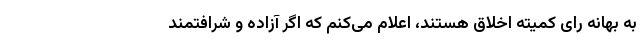
به بهانه رای کمیته اخلاق هستند، اعلام می‌کنم که اگر آزاده و شرافتمند